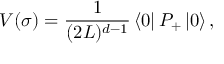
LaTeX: V ( \sigma ) = { \frac { 1 } { ( 2 L ) ^ { d - 1 } } } \left\langle 0 \right\vert P _ { + } \left\vert 0 \right\rangle ,